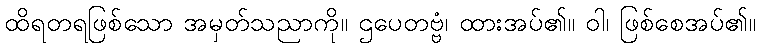
ထိရတရဖြစ်သော အမှတ်သညာကို။ ဌပေတဗ္ဗံ၊ ထားအပ်၏။ ဝါ၊ ဖြစ်စေအပ်၏။